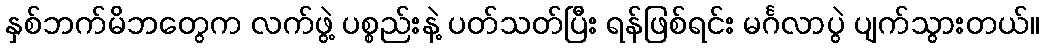
နှစ်ဘက်မိဘတွေက လက်ဖွဲ့ ပစ္စည်းနဲ့ ပတ်သတ်ပြီး ရန်ဖြစ်ရင်း မင်္ဂလာပွဲ ပျက်သွားတယ်။